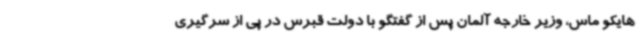
هایکو ماس، وزیر خارجه آلمان پس از گفتگو با دولت قبرس در پی از سرگیری